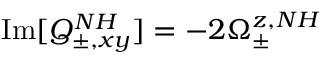
\operatorname { I m } [ Q _ { \pm , x y } ^ { N H } ] = - 2 \Omega _ { \pm } ^ { z , N H }